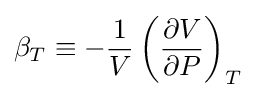
\beta _{T}\equiv -{\frac {1}{V}}\left({\frac {\partial V}{\partial P}}\right)_{T}